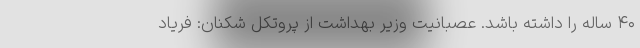
۴۰ ساله را داشته باشد. عصبانیت وزیر بهداشت از پروتکل ‌شکنان: فریاد